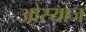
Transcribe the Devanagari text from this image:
ओस्याज